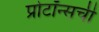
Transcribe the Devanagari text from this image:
प्रोटॉन्सची